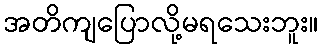
အတိကျပြောလို့မရသေးဘူး။